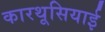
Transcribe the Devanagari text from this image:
कारथूसियाई